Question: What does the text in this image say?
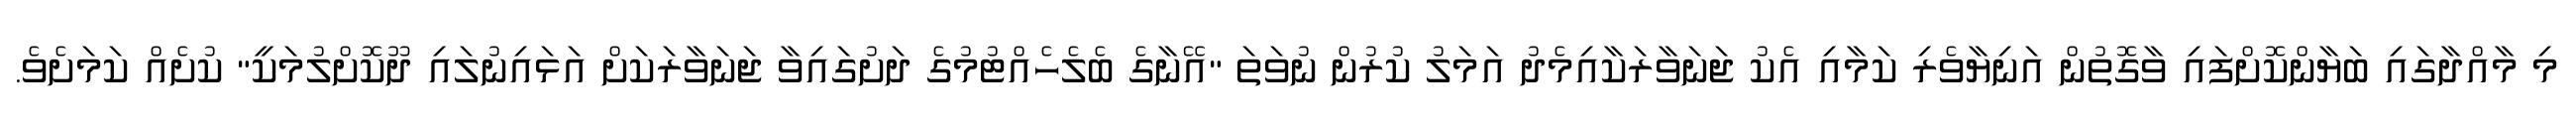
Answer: މި މާއްދާގައި ބަޔާންކޮށްފައި ވާގޮތުން އަނިޔާވެރި ކަމާއި އެކު ޖަނަވާރަކާއިމެދު އަމަލު ކުރުން ނުވަތަ "އޭނާގެ ބެލެހެއްޓުމުގެ ދަށުގައިވާ ޖަނަވާރަކަށް އަޅައިނުލައި ދޫކޮށްލުމަކީ" ކުށެއް ކަމަށެވެ.